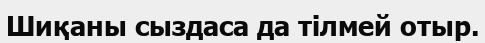
Шиқаны сыздаса да тілмей отыр.